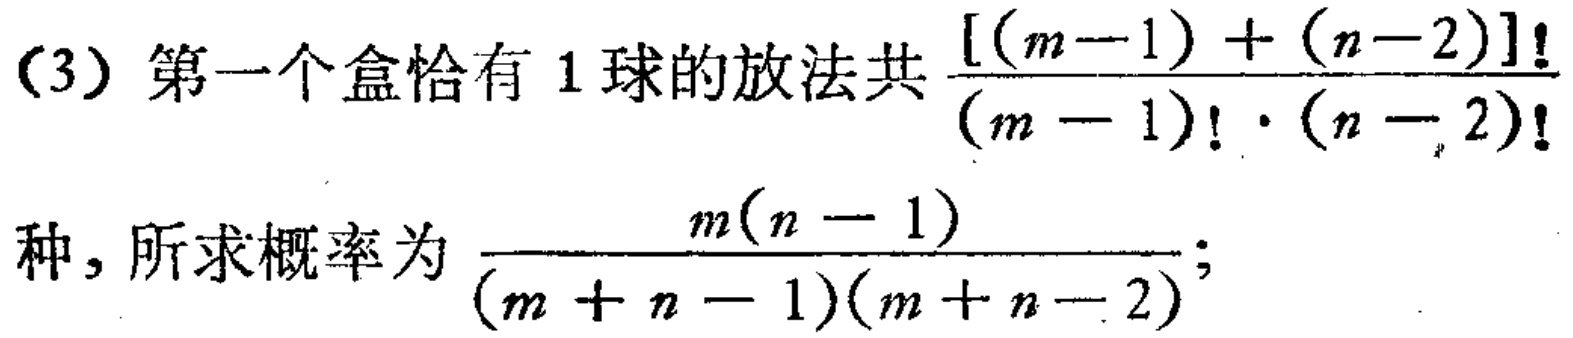
(3) 第一个盒恰有 1 球的放法共$\frac{[(m - 1)+(n - 2)]!}{(m - 1)!\cdot(n - 2)!}$

种，所求概率为$\frac{m(n - 1)}{(m + n - 1)(m + n - 2)}$;